Regulations for the medical services of the Army of India
Year: 1930
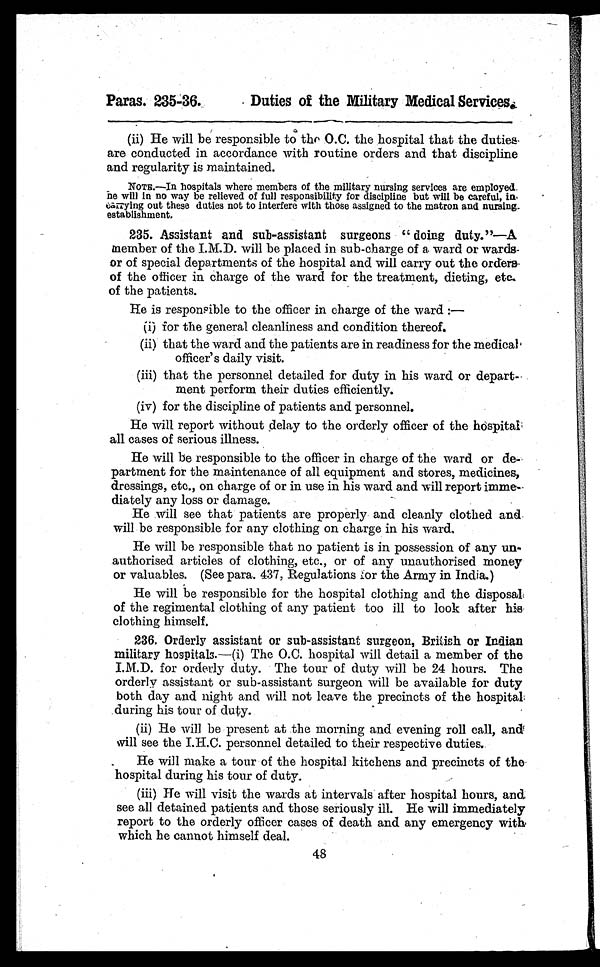
Paras. 235-36.
Duties of the Military Medical Services.
(ii) He will be responsible to the 0.0. the hospital that the duties.
are conducted in accordance with routine orders and that discipline
and regularity is maintained.
NOTE—In hospitals where members of the military nursing services are employed.
he will in no way be relieved of full responsibility for discipline but will be careful, in
arrying out these duties not to interfere with those assigned to the matron and nursing.
establishment.
235. Assistant and sub-assistant surgeons " doing duty."—A
member of the I.M.D. will be placed in sub-charge of a ward or wards-
or of special departments of the hospital and will carry out the orders-
of the officer in. charge of the ward for the treatment, dieting, etc.
of the patients.
He is responsible to the officer in charge of the ward :-
(i) for the general cleanliness and condition thereof.
(ii) that the ward and the patients are in readiness for the medical,
officer's daily visit.
(iii) that the personnel detailed for duty in his ward or depart.
ment perform their duties efficiently.
(iv) for the discipline of patients and personnel.
He will report without delay to the orderly officer of the
hospital all cases of serious illness.
He will be responsible to the officer in charge of the ward or de-
partment for the maintenance of all equipment and stores, medicines,
dressings, etc., on charge of or in use in his ward and will report imme
diately any loss or damage.
He will see that patients are properly and cleanly clothed and.
will be responsible for any clothing on charge in his ward,
He will be responsible that no patient is in possession of any un-
authorised articles of clothing, etc., or of any unauthorised money
or valuables. (See para. 437, Regulations nor the Army in India.)
He will be responsible for the hospital clothing and the disposal
of the regimental clothing of any patient too ill to look after his-
clothing himself.
236. Orderly assistant or sub-assistant surgeon, British or Indian
military hospitals.—(i) The O.C. hospital will detail a member of the
I.M.D. for orderly duty. The tour of duty will be 24 hours. The
orderly assistant or sub-assistant surgeon will be available for duty
both day and night and will not leave the precincts of the hospital
during his tour of duty.
(ii) He will be present at the morning and evening roll call, and
will see the I.H.C. personnel detailed to their respective duties.
He will make a tour of the hospital kitchens and precincts of the-
hospital during his tour of duty.
(iii) He will visit the wards at intervals after hospital hours, an
d s e e a l l d e t a i n e d p a t i e n t s a n d t h o s e s e r i o u s l y i l l . H e w i l l i m m e d i a t e l y
report to the orderly officer cases of death and any emergency with
which he cannot himself deal.
48